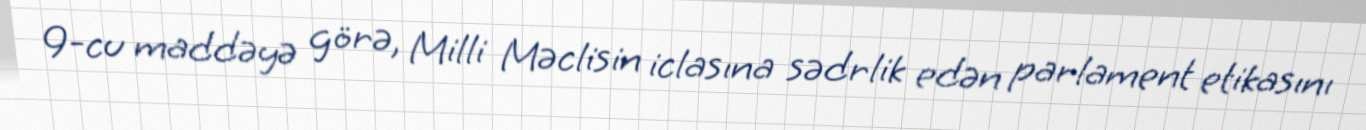
9-cu maddəyə görə, Milli Məclisin iclasına sədrlik edən parlament etikasını